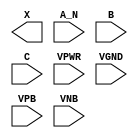
module sky130_fd_sc_hdll__and3b (
    X   ,
    A_N ,
    B   ,
    C   ,
    VPWR,
    VGND,
    VPB ,
    VNB
);

    output X   ;
    input  A_N ;
    input  B   ;
    input  C   ;
    input  VPWR;
    input  VGND;
    input  VPB ;
    input  VNB ;
endmodule